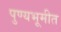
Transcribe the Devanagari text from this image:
पुण्यभूमीत